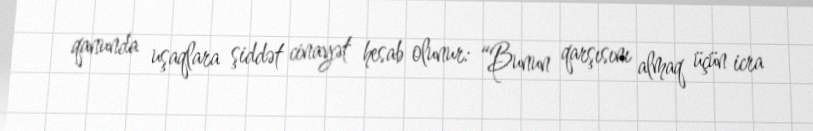
qanunda uşaqlara şiddət cinayət hesab olunur: “Bunun qarşısını almaq üçün icra